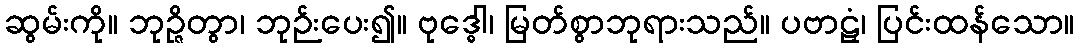
ဆွမ်းကို။ ဘုဉ္ဇိတွာ၊ ဘုဉ်းပေး၍။ ဗုဒ္ဓေါ၊ မြတ်စွာဘုရားသည်။ ပဗာဠှံ၊ ပြင်းထန်သော။